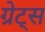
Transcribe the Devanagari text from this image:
ग्रेट्स